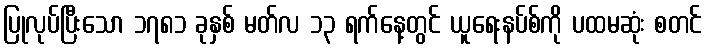
ပြုလုပ်ပြီးသော ၁၇၈၁ ခုနှစ် မတ်လ ၁၃ ရက်နေ့တွင် ယူရေးနပ်စ်ကို ပထမဆုံး စတင်